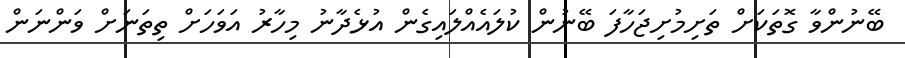
ބޭނުންވާ ގޮތަކަށް ތަށިމުށިޖަހާފަ ބޭނުން ކުލައެއްލައިގެން އުޅެދާނު މިހާރު އަވަހަށް ތިތަނަށް ވަންނަން